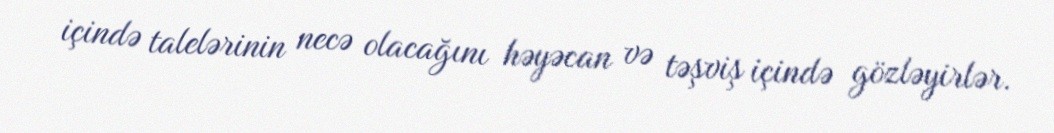
içində talelərinin necə olacağını həyəcan və təşviş içində gözləyirlər.